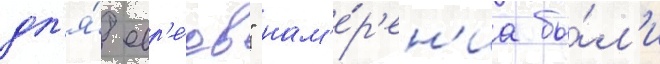
дл'я́ евр'е́ев" нам'е́р'ен'иа бы́л'и